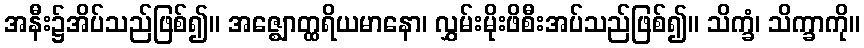
အနီး၌အိပ်သည်ဖြစ်၍။ အဇ္ဈောတ္ထရိယမာနော၊ လွှမ်းမိုးဖိစီးအပ်သည်ဖြစ်၍။ သိက္ခံ၊ သိက္ခာကို။